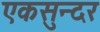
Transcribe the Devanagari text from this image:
एकसुन्दर